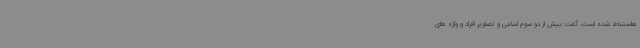
هاستنباط شده است، گفت: بیش از دو سوم اسامی و تصاویر افراد و واژه های